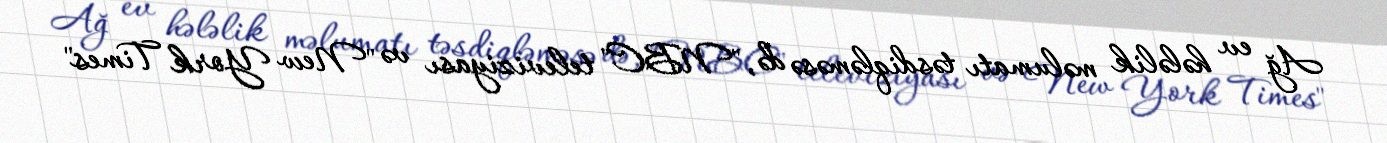
Ağ ev hələlik məlumatı təsdiqləməsə də, "NBC" televiziyası və "New York Times"